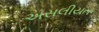
અસલીયત